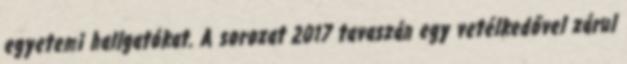
egyetemi hallgatókat. A sorozat 2017 tavaszán egy vetélkedővel zárul